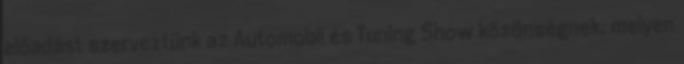
előadást szerveztünk az Automobil és Tuning Show közönségnek, melyen